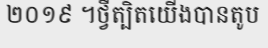
២០១៩ ។ថ្វីត្បិតយើងបានតូប